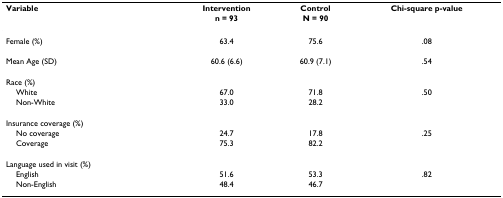
<table><thead><tr><td><b>Variable</b></td><td><b>Intervention</b></td><td><b>Control</b></td><td><b>Chi-square p-value</b></td></tr><tr><td></td><td><b>n = 93</b></td><td><b>N = 90</b></td><td></td></tr></thead><tbody><tr><td>Female (%)</td><td>63.4</td><td>75.6</td><td>.08</td></tr><tr><td>Mean Age (SD)</td><td>60.6 (6.6)</td><td>60.9 (7.1)</td><td>.54</td></tr><tr><td>Race (%)</td><td></td><td></td><td></td></tr><tr><td> White</td><td>67.0</td><td>71.8</td><td>.50</td></tr><tr><td> Non-White</td><td>33.0</td><td>28.2</td><td></td></tr><tr><td>Insurance coverage (%)</td><td></td><td></td><td></td></tr><tr><td> No coverage</td><td>24.7</td><td>17.8</td><td>.25</td></tr><tr><td> Coverage</td><td>75.3</td><td>82.2</td><td></td></tr><tr><td>Language used in visit (%)</td><td></td><td></td><td></td></tr><tr><td> English</td><td>51.6</td><td>53.3</td><td>.82</td></tr><tr><td> Non-English</td><td>48.4</td><td>46.7</td><td></td></tr></tbody></table>